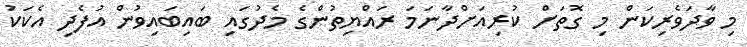
މި ވާދަވެރިކަން މި ގޮތަށް ކުރިއަށްދާނަމަ ރައްޔިތުންގެ މެދުގައި ބައިބައިވުން އުފެދި އެކަކު